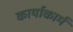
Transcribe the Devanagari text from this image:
कार्याकार्म